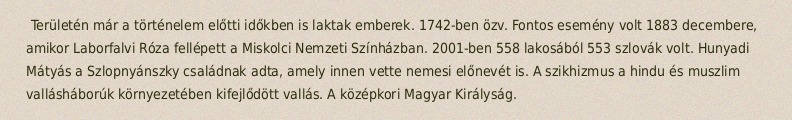
Területén már a történelem előtti időkben is laktak emberek. 1742-ben özv. Fontos esemény volt 1883 decembere, amikor Laborfalvi Róza fellépett a Miskolci Nemzeti Színházban. 2001-ben 558 lakosából 553 szlovák volt. Hunyadi Mátyás a Szlopnyánszky családnak adta, amely innen vette nemesi előnevét is. A szikhizmus a hindu és muszlim vallásháborúk környezetében kifejlődött vallás. A középkori Magyar Királyság.